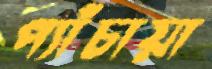
প্যাঁচায়া